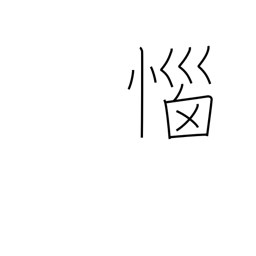
Meaning: angered